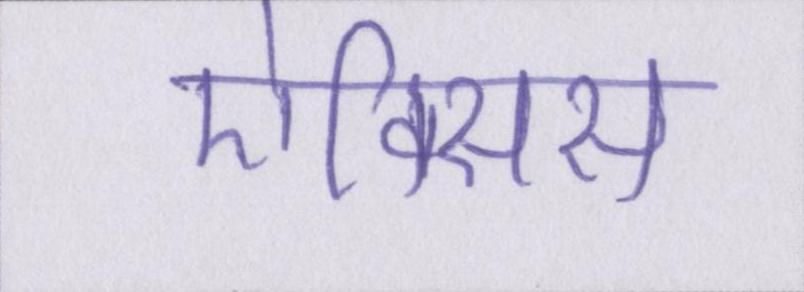
ऐक्सिस